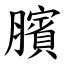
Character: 臏